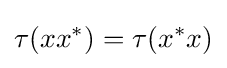
\tau (xx^{*})=\tau (x^{*}x)